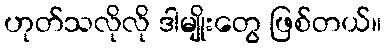
ဟုတ်သလိုလို ဒါမျိုးတွေ ဖြစ်တယ်။